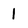
Character: 1